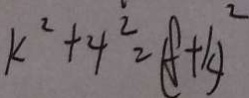
k ^ { 2 } + 4 ^ { 2 } = ( f + k ) ^ { 2 }